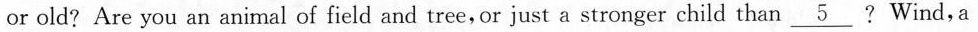
or old? Are you an animal of field and tree,or just a stronger child than \underline{5}? Wind, a